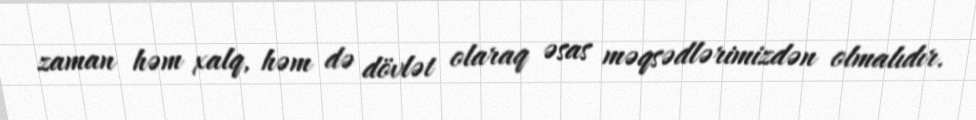
zaman həm xalq, həm də dövlət olaraq əsas məqsədlərimizdən olmalıdır.